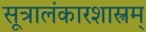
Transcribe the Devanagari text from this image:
सूत्रालंकारशास्त्रम्